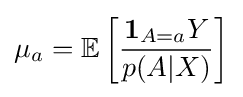
\mu _{a}=\mathbb {E} \left[{\frac {\mathbf {1} _{A=a}Y}{p(A|X)}}\right]